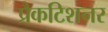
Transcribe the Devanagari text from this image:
प्रैकटिशनर